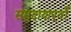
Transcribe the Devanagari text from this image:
समुदायापूर्वों